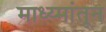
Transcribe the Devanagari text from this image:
माध्य्मांतून